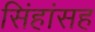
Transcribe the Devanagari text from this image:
सिंहांसह